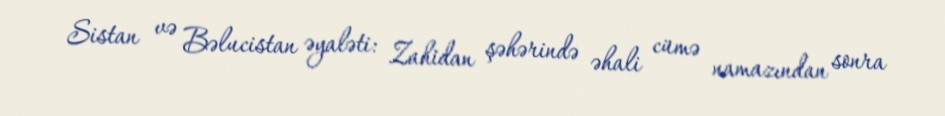
Sistan və Bəlucistan əyaləti: Zahidan şəhərində əhali cümə namazından sonra